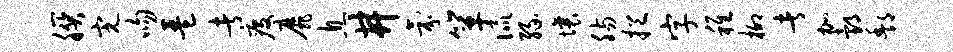
朕完吻琶者疫靡息井氛箪侃缘壤肠挹字稚柳者加邰酆